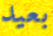
بعيد